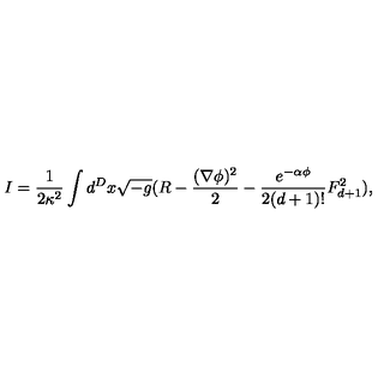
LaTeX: I = \frac { 1 } { 2 \kappa ^ { 2 } } \int d ^ { D } x \sqrt { - g } ( R - \frac { ( \nabla \phi ) ^ { 2 } } { 2 } - \frac { e ^ { - \alpha \phi } } { 2 ( d + 1 ) ! } F _ { d + 1 } ^ { 2 } ) ,